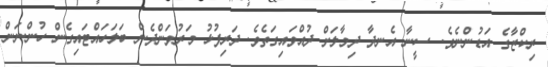
ރިކްޒާގެ އަޑުންނެވެ. ސީނާ އެނދާ ދިމާލަށް ދުއްވައިގަތެވެ. ދަރިފުޅު މަރުވަންދެން ބަލަހައްޓައިގެން ހުންނަން